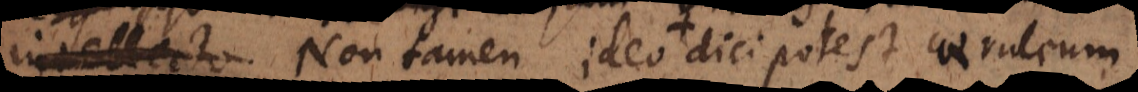
intellecto. Non tamen ideo dici potest caeruleum